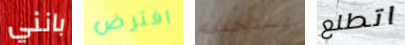
بانني افترض يستخدمه اتطلع